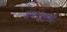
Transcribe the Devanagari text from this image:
डब्ल्यूएसी